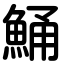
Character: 鯒